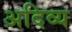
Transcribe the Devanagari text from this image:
अदिव्य